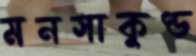
মনসাকুণ্ড